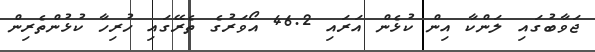
ޖަވާބުގައި ލަންކާ އިން ކުޅެން އަރައި 46.2 އޯވަރުގެ ތެރޭގައި ހުރިހާ ކުޅުންތެރިން